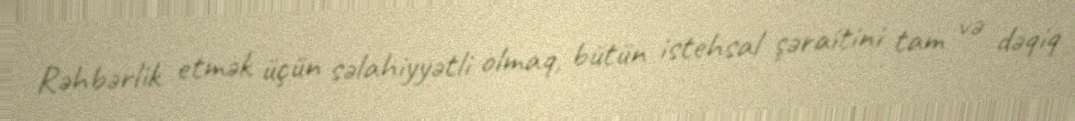
Rəhbərlik etmək üçün səlahiyyətli olmaq, bütün istehsal şəraitini tam və dəqiq